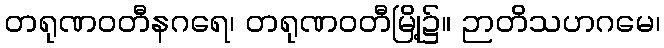
တရုဏဝတီနဂရေ၊ တရုဏဝတီမြို့၌။ ဉာတိသဟဂမေ၊